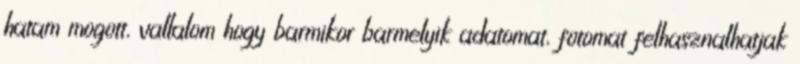
hatam mogott, vallalom hogy barmikor barmelyik adatomat, fotomat felhasznalhatjak